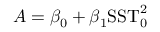
A = \beta _ { 0 } + \beta _ { 1 } \mathrm { S S T } _ { 0 } ^ { 2 }